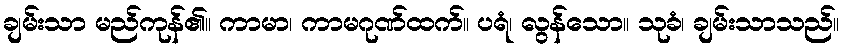
ချမ်းသာ မည်ကုန်၏။ ကာမာ၊ ကာမဂုဏ်ထက်။ ပရံ၊ လွန်သော။ သုခံ၊ ချမ်းသာသည်။